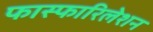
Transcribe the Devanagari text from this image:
फास्फारिलेशन